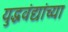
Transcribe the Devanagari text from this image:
युद्धवंद्यांच्या